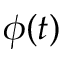
\phi ( t )